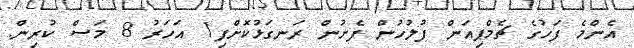
އެންމެ ފަހުގެ ޗެމްޕިއަން ފުލުހުން ފެށުން ރަނގަޅުކޮށްފި1 އަހަރު 8 މަސް ކުރިން.